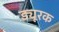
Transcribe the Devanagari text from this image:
ड्यूरक